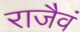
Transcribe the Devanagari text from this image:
राजैवं